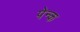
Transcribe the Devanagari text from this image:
पेन्क